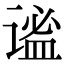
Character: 谧